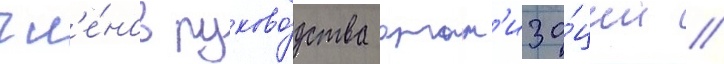
чл'е́нов руково́дства орган'иза́ции //